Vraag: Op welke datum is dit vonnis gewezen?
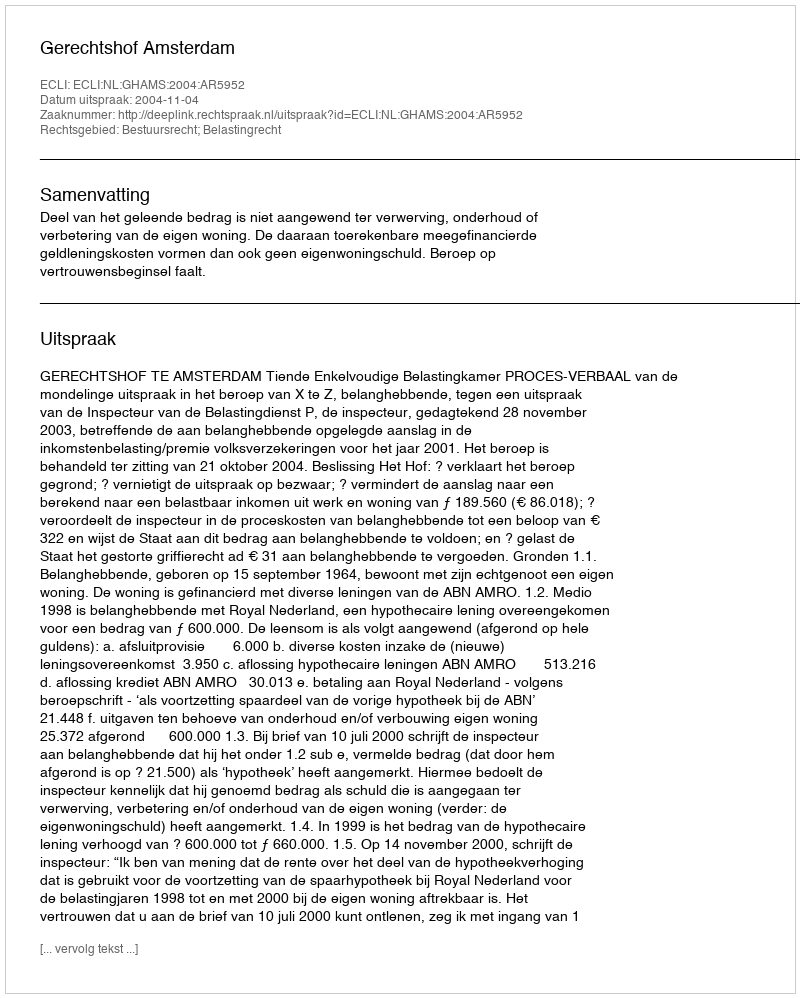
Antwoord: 2004-11-04